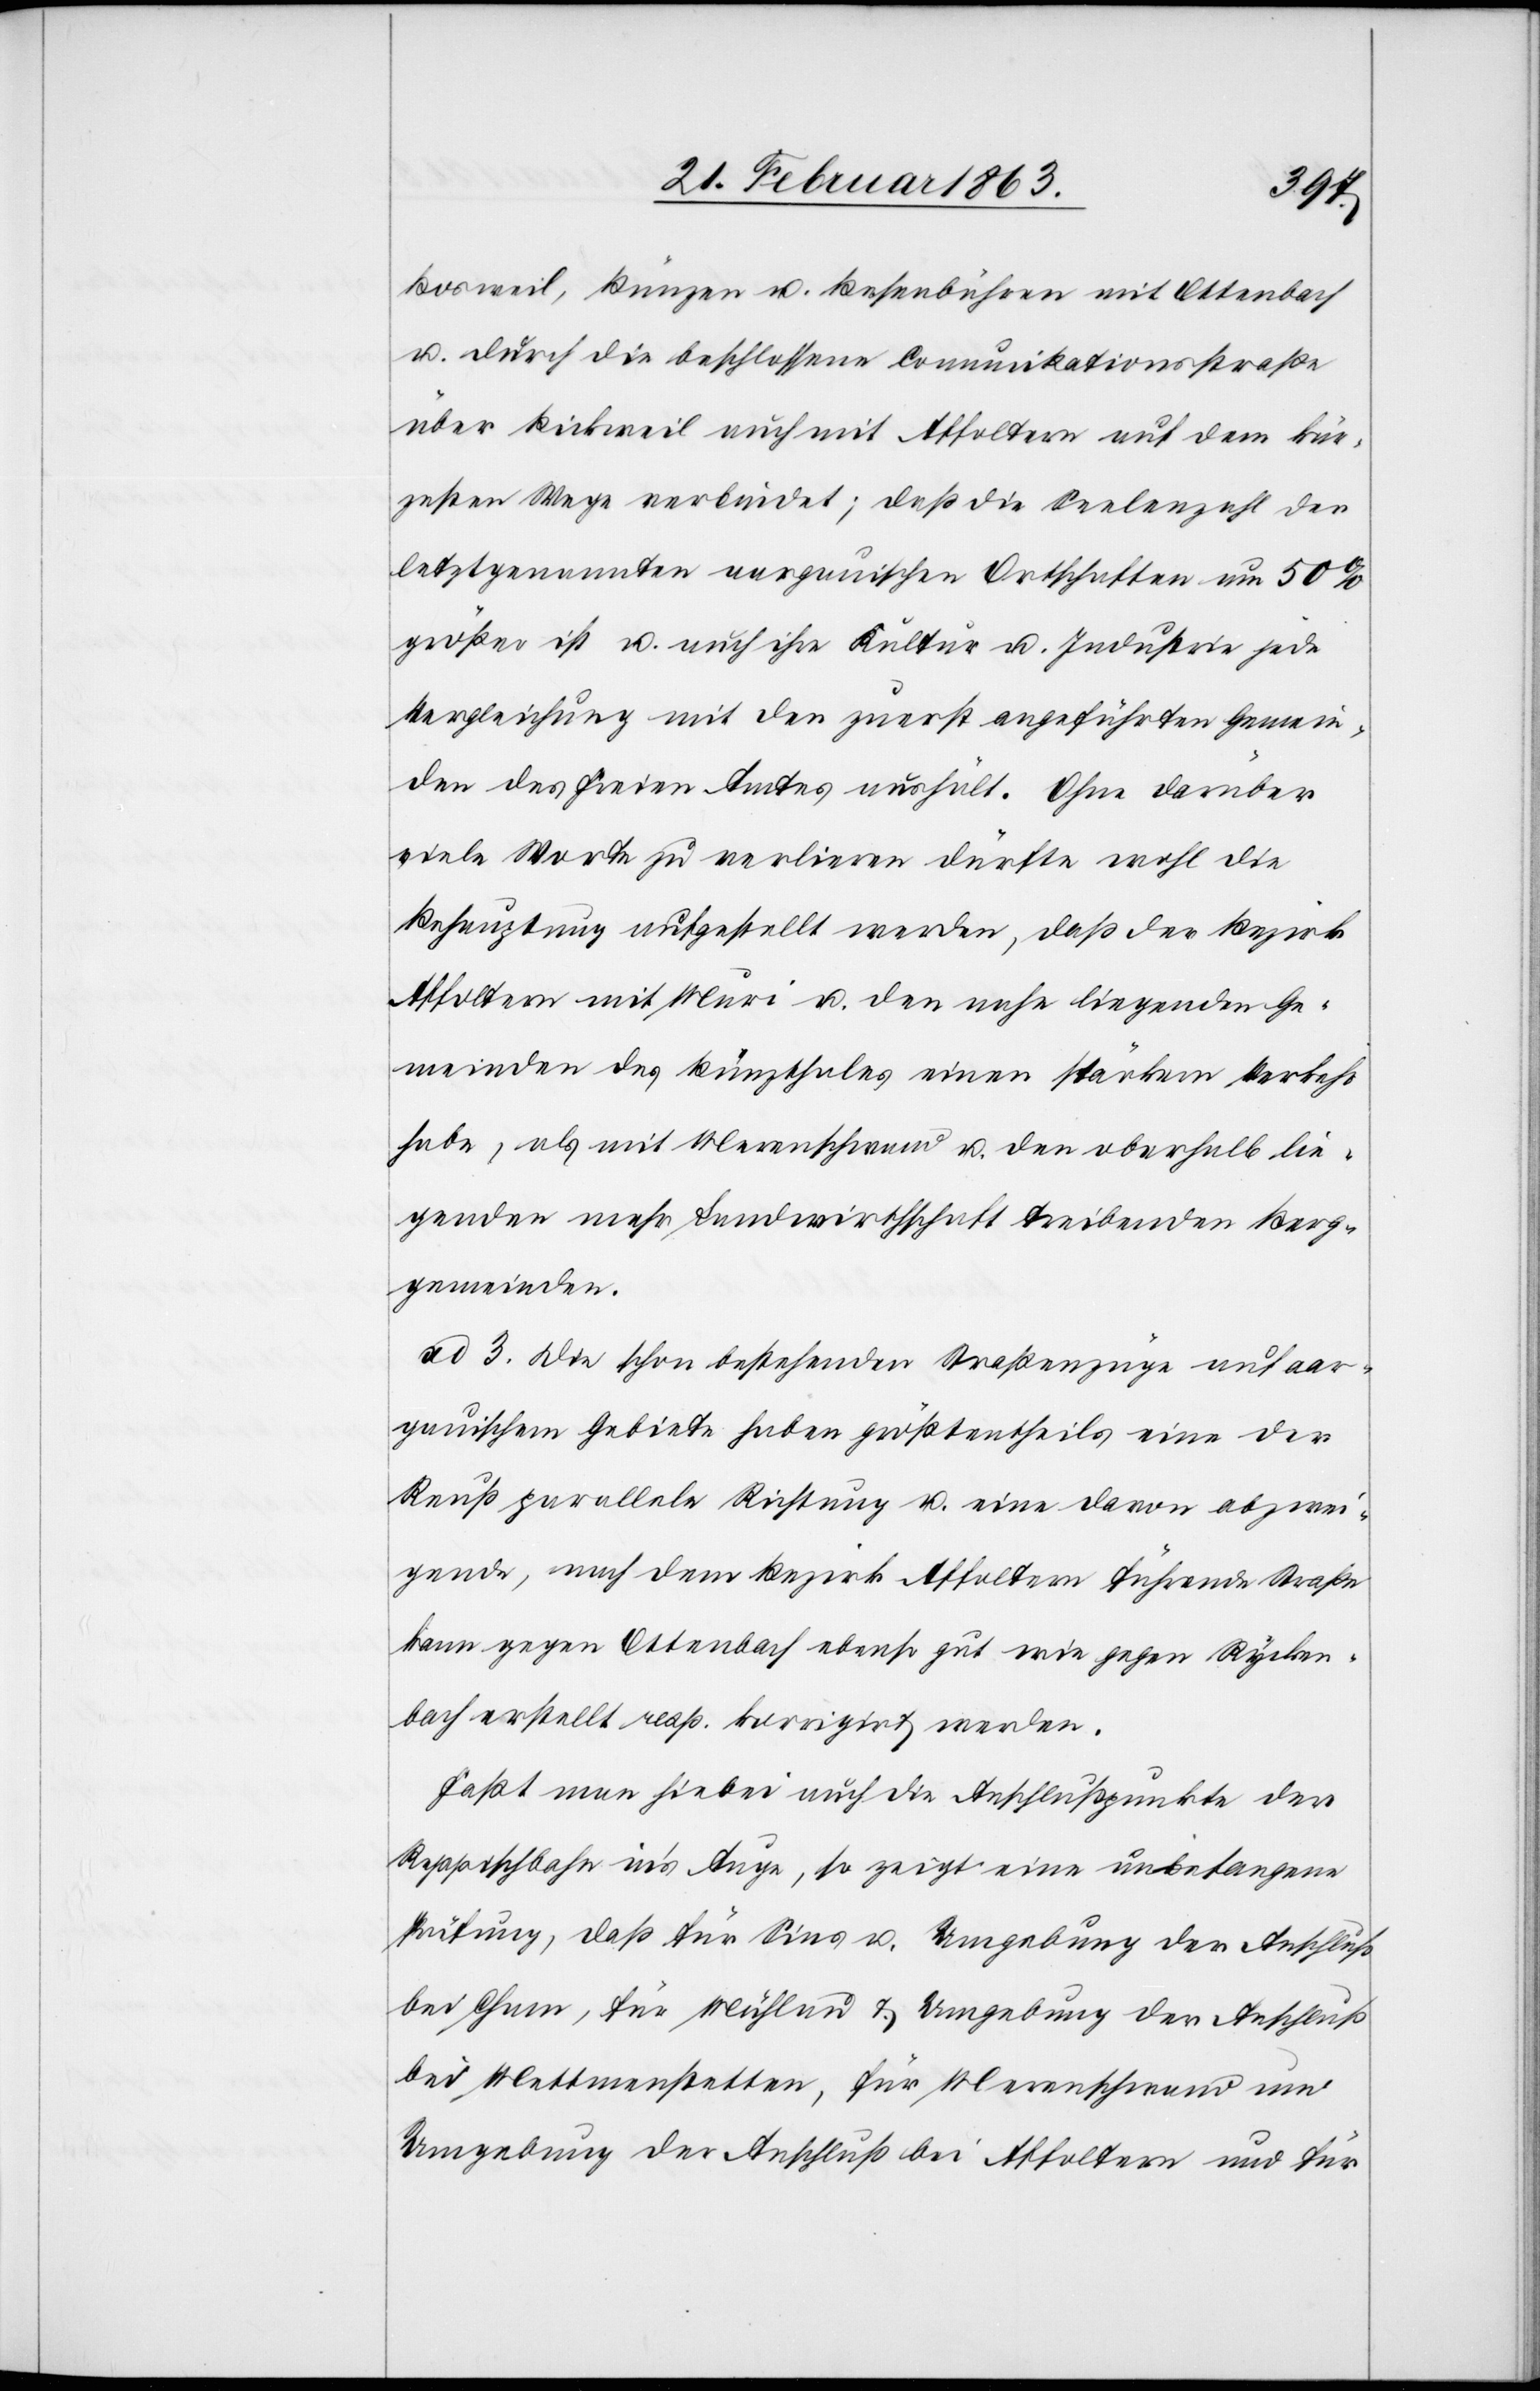
Bosweil, Bünzen u. Besenbühren mit Ottenbach
u. durch die beschlossene Comunikationsstraße
über Bickweil auch mit Affoltern auf dem kür¬
zesten Wege verbindet; daß die Seelenzahl der
letztgenannten aargauischen Ortschaften um 50%
größer ist u. auch ihre Kultur u. Industrie jede
Vergleichung mit den zuerst angeführten Gemein¬
den des Freien Amtes aushält. Ohne darüber
viele Worte zu verlieren dürfte wohl die
Behauptung aufgestellt werden, daß der Bezirk
Affoltern mit Muri u. den nahe liegenden Ge¬
meinden des Bünzthales einen stärkern Verkehr
habe, als mit Merenschwand u. den oberhalb lie¬
genden mehr Landwirthschaft treibenden Berg¬
gemeinden.
ad 3. Die schon bestehenden Straßenzüge auf aar¬
gauischem Gebiete haben größtentheils eine der
Reuß parallele Richtung u. eine davon abzwei¬
gende, nach dem Bezirk Affoltern führende Straße
kann gegen Ottenbach ebenso gut wie gegen Rycken¬
bach erstellt resp. korrigirt werden.
Faßt man hiebei auch die Anschlußpunkte der
Reppischbahn in's Auge, so zeigt eine unbefangene
Prüfung, daß für Sins u. Umgebung der Anschluß
bei Cham, für Mühlau & Umgebung der Anschluß
bei Mettmenstetten, für Merenschwand und
Umgebung der Anschluß bei Affoltern und für